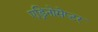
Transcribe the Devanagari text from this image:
एड्रिनोसेप्टर